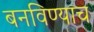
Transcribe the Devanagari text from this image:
बनविण्याच